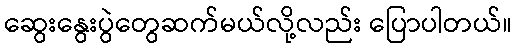
ဆွေးနွေးပွဲတွေဆက်မယ်လို့လည်း ပြောပါတယ်။